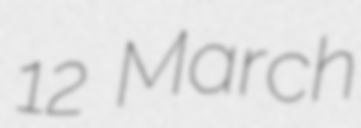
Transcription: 12 March